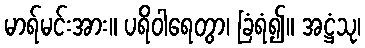
မာရ်မင်းအား။ ပရိဝါရေတွာ၊ ခြံရံ၍။ အဋ္ဌံသု၊